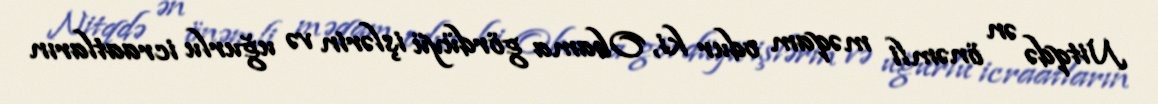
Nitqdə ən önəmli məqam odur ki, Obama gördüyü işlərin və uğurlu icraatların